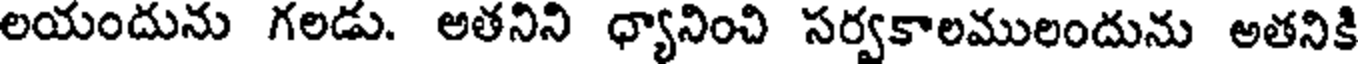
లయందును గలడు. అతనిని ధ్యానించి సర్వకాలములందును అతనికి